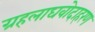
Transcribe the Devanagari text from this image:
ग्रहलाघवोदाहरण